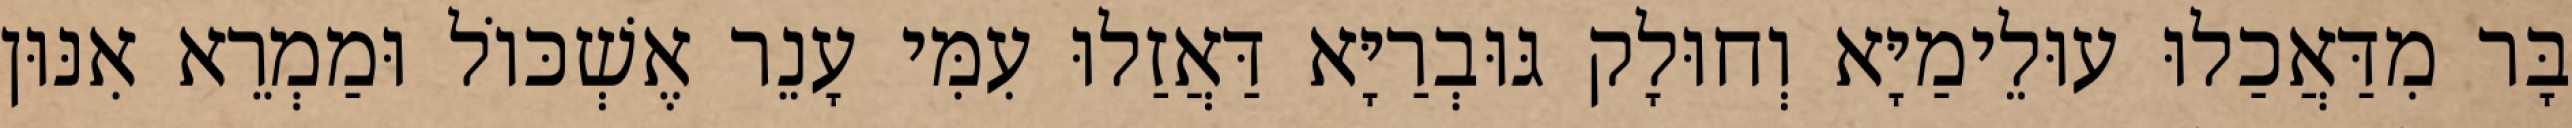
בָּר מִדַּאֲכַלוּ עוּלֵימַיָּא וְחוּלָק גּוּבְרַיָּא דַּאֲזַלוּ עִמִּי עָנֵר אֶשְׁכּוֹל וּמַמְרֵא אִנּוּן